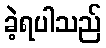
ခဲ့ရပါသည်